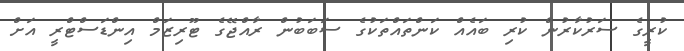
ކުރީގެ ސަރުކާރުން ކުރި ބައެއް ކަންތައްތަކުގެ ސަބަބުން ރާއްޖޭގެ ޓޫރިޒަމް އިންޑަސްޓްރީ އަށް